Lunatic asylums in Bengal annual reports 1912-1924 - 1912-1924
Year: 1912
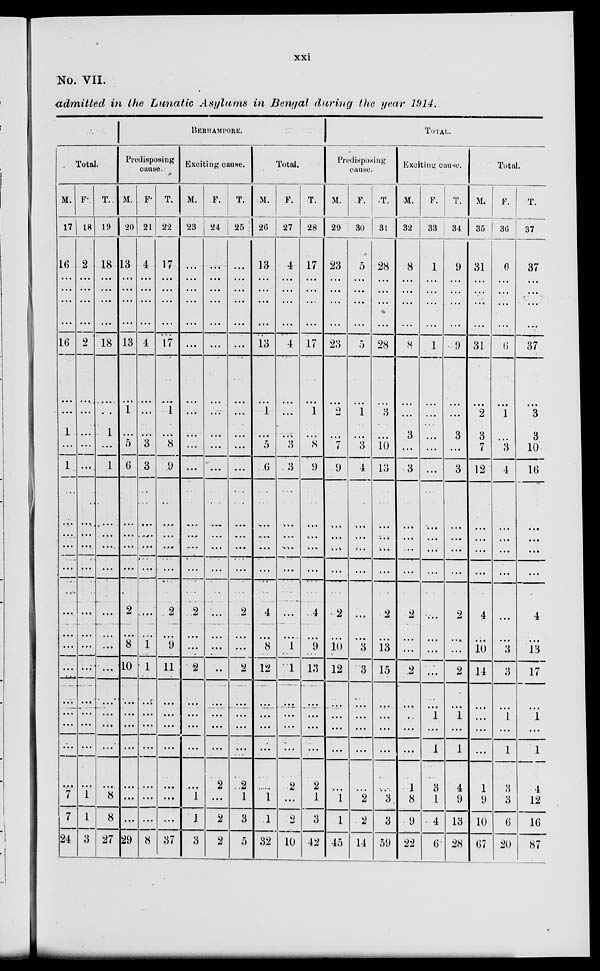
xxi
No. VII.
admitted in the Lunatic Asylums in Bengal during the year 1914.
Total.
M.
17
16
...
...
...
...
16
...
...
1
...
1
...
...
...
...
...
...
...
...
...
...
...
...
...
7
7
24
F
18
2
...
...
...
...
2
...
...
...
...
...
...
...
...
...
...
...
...
...
...
...
...
...
...
1
1
3
T.
19
18
...
...
...
...
18
...
...
1
...
1
...
...
...
...
...
...
...
...
...
...
...
...
...
8
8
27
BERHAMPORE.
Predisposing
cause.
M.
20
13
...
...
...
...
13
...
1
...
5
6
...
...
...
...
2
...
8
10
...
...
...
...
...
...
...
29
F.
21
4
...
...
...
...
4
...
...
...
3
3
...
...
...
...
...
...
1
1
...
...
...
...
...
...
...
8
T.
22
17
...
...
...
...
17
...
1
...
8
9
...
...
...
...
2
...
9
11
...
...
...
...
...
...
...
37
Exciting cause.
M.
23
...
...
...
...
...
...
...
...
...
...
...
...
...
...
...
2
...
...
2
...
...
...
...
...
1
1
3
F.
24
...
...
...
...
...
...
...
...
...
...
...
...
...
...
...
...
...
...
...
...
...
...
...
2
...
2
2
T.
25
...
...
...
...
...
...
...
...
...
...
...
...
...
...
...
2
...
...
2
...
...
...
...
2
1
3
5
Total.
M.
26
13
...
...
...
...
13
...
1
...
5
6
...
...
...
...
4
...
8
12
...
...
...
...
...
1
1
32
F.
27
4
...
...
...
...
4
...
...
...
3
3
...
...
...
...
...
...
1
1
...
...
...
...
2
...
2
10
T.
28
17
...
...
...
...
17
...
1
...
8
9
...
...
...
...
4
...
9
13
...
...
...
...
2
1
3
42
TOTAL.
Predisposing
cause.
M.
29
23
...
...
...
...
23
...
2
...
7
9
...
...
...
...
2
...
10
12
...
...
...
...
...
1
1
45
F.
30
5
...
...
...
...
5
...
1
...
3
4
...
...
...
...
...
...
3
3
...
...
...
...
...
2
2
14
T.
31
28
...
...
...
...
28
...
3
...
10
13
...
...
...
...
2
...
13
15
...
...
...
...
...
3
3
59
Exciting cause.
M.
32
8
...
...
...
...
8
...
...
3
...
3
...
...
...
...
2
...
...
2
...
...
...
...
1
8
9
22
F.
33
1
...
...
...
...
1
...
...
...
...
...
...
...
...
...
...
...
...
...
... 1
...
1
3
1
4
6
T.
34
9
...
...
...
...
9
...
...
3
...
3
...
...
...
...
2
...
...
2
...
1
...
1
4
9
13
28
Total.
M.
35
31
...
...
...
...
31
...
2
3
7
12
...
...
...
...
4
...
10
14
...
...
...
...
1
9
10
67
F.
36
6
...
...
...
...
6
...
1
...
3
4
...
...
...
...
...
...
3
3
...
1
...
1
3
3
6
20
T.
37
37
...
...
...
...
37
...
3
3
10
16
...
...
...
...
4
...
13
17
...
1
...
1
4
12
16
87